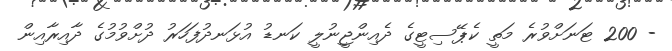
- 200 ޓަނަށްވުރެ މަތީ ކެޕޭސިޓީގެ ދެއިންޖީނުލީ ކަނޑު އުޅަނދުފަހަރު ދުށްވުމުގެ ދާއިރާއިން